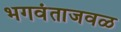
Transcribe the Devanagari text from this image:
भगवंताजवळ